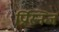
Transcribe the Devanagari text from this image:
प्रिस्निज